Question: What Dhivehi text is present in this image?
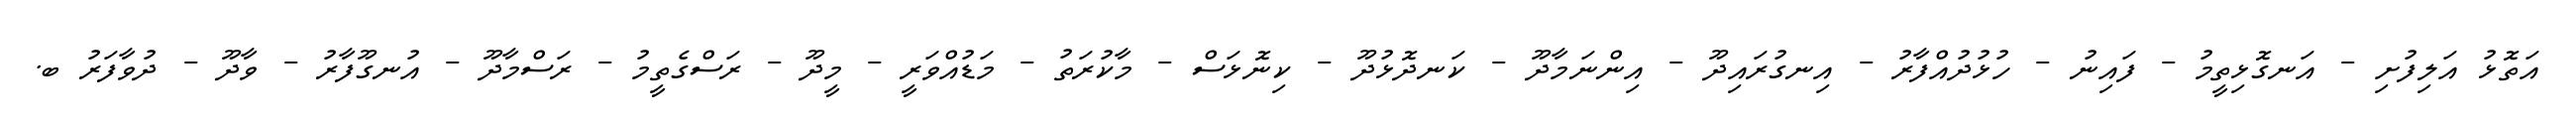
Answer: އަތޮޅު އަލިފުށި - އަނގޮޅިތީމު - ފައިނު - ހުޅުދުއްފާރު - އިނގުރައިދޫ - އިންނަމާދޫ - ކަނދޮޅުދޫ - ކިނޮޅަސް - މާކުރަތު - މަޑުއްވަރީ - މީދޫ - ރަސްގެތީމު - ރަސްމާދޫ - އުނގޫފާރު - ވާދޫ - ދުވާފަރު ބ.